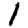
Digit: 1